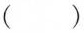
（）